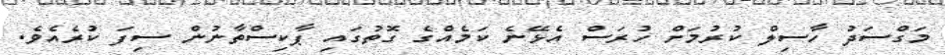
މަގްސަދު ހާސިލް ކުރުމަށް ހުރަސް އެޅޭނެ ކަމެއްގެ ގޮތުގައި ޕާކިސްތާނުން ސިފަ ކުރެއެވެ.